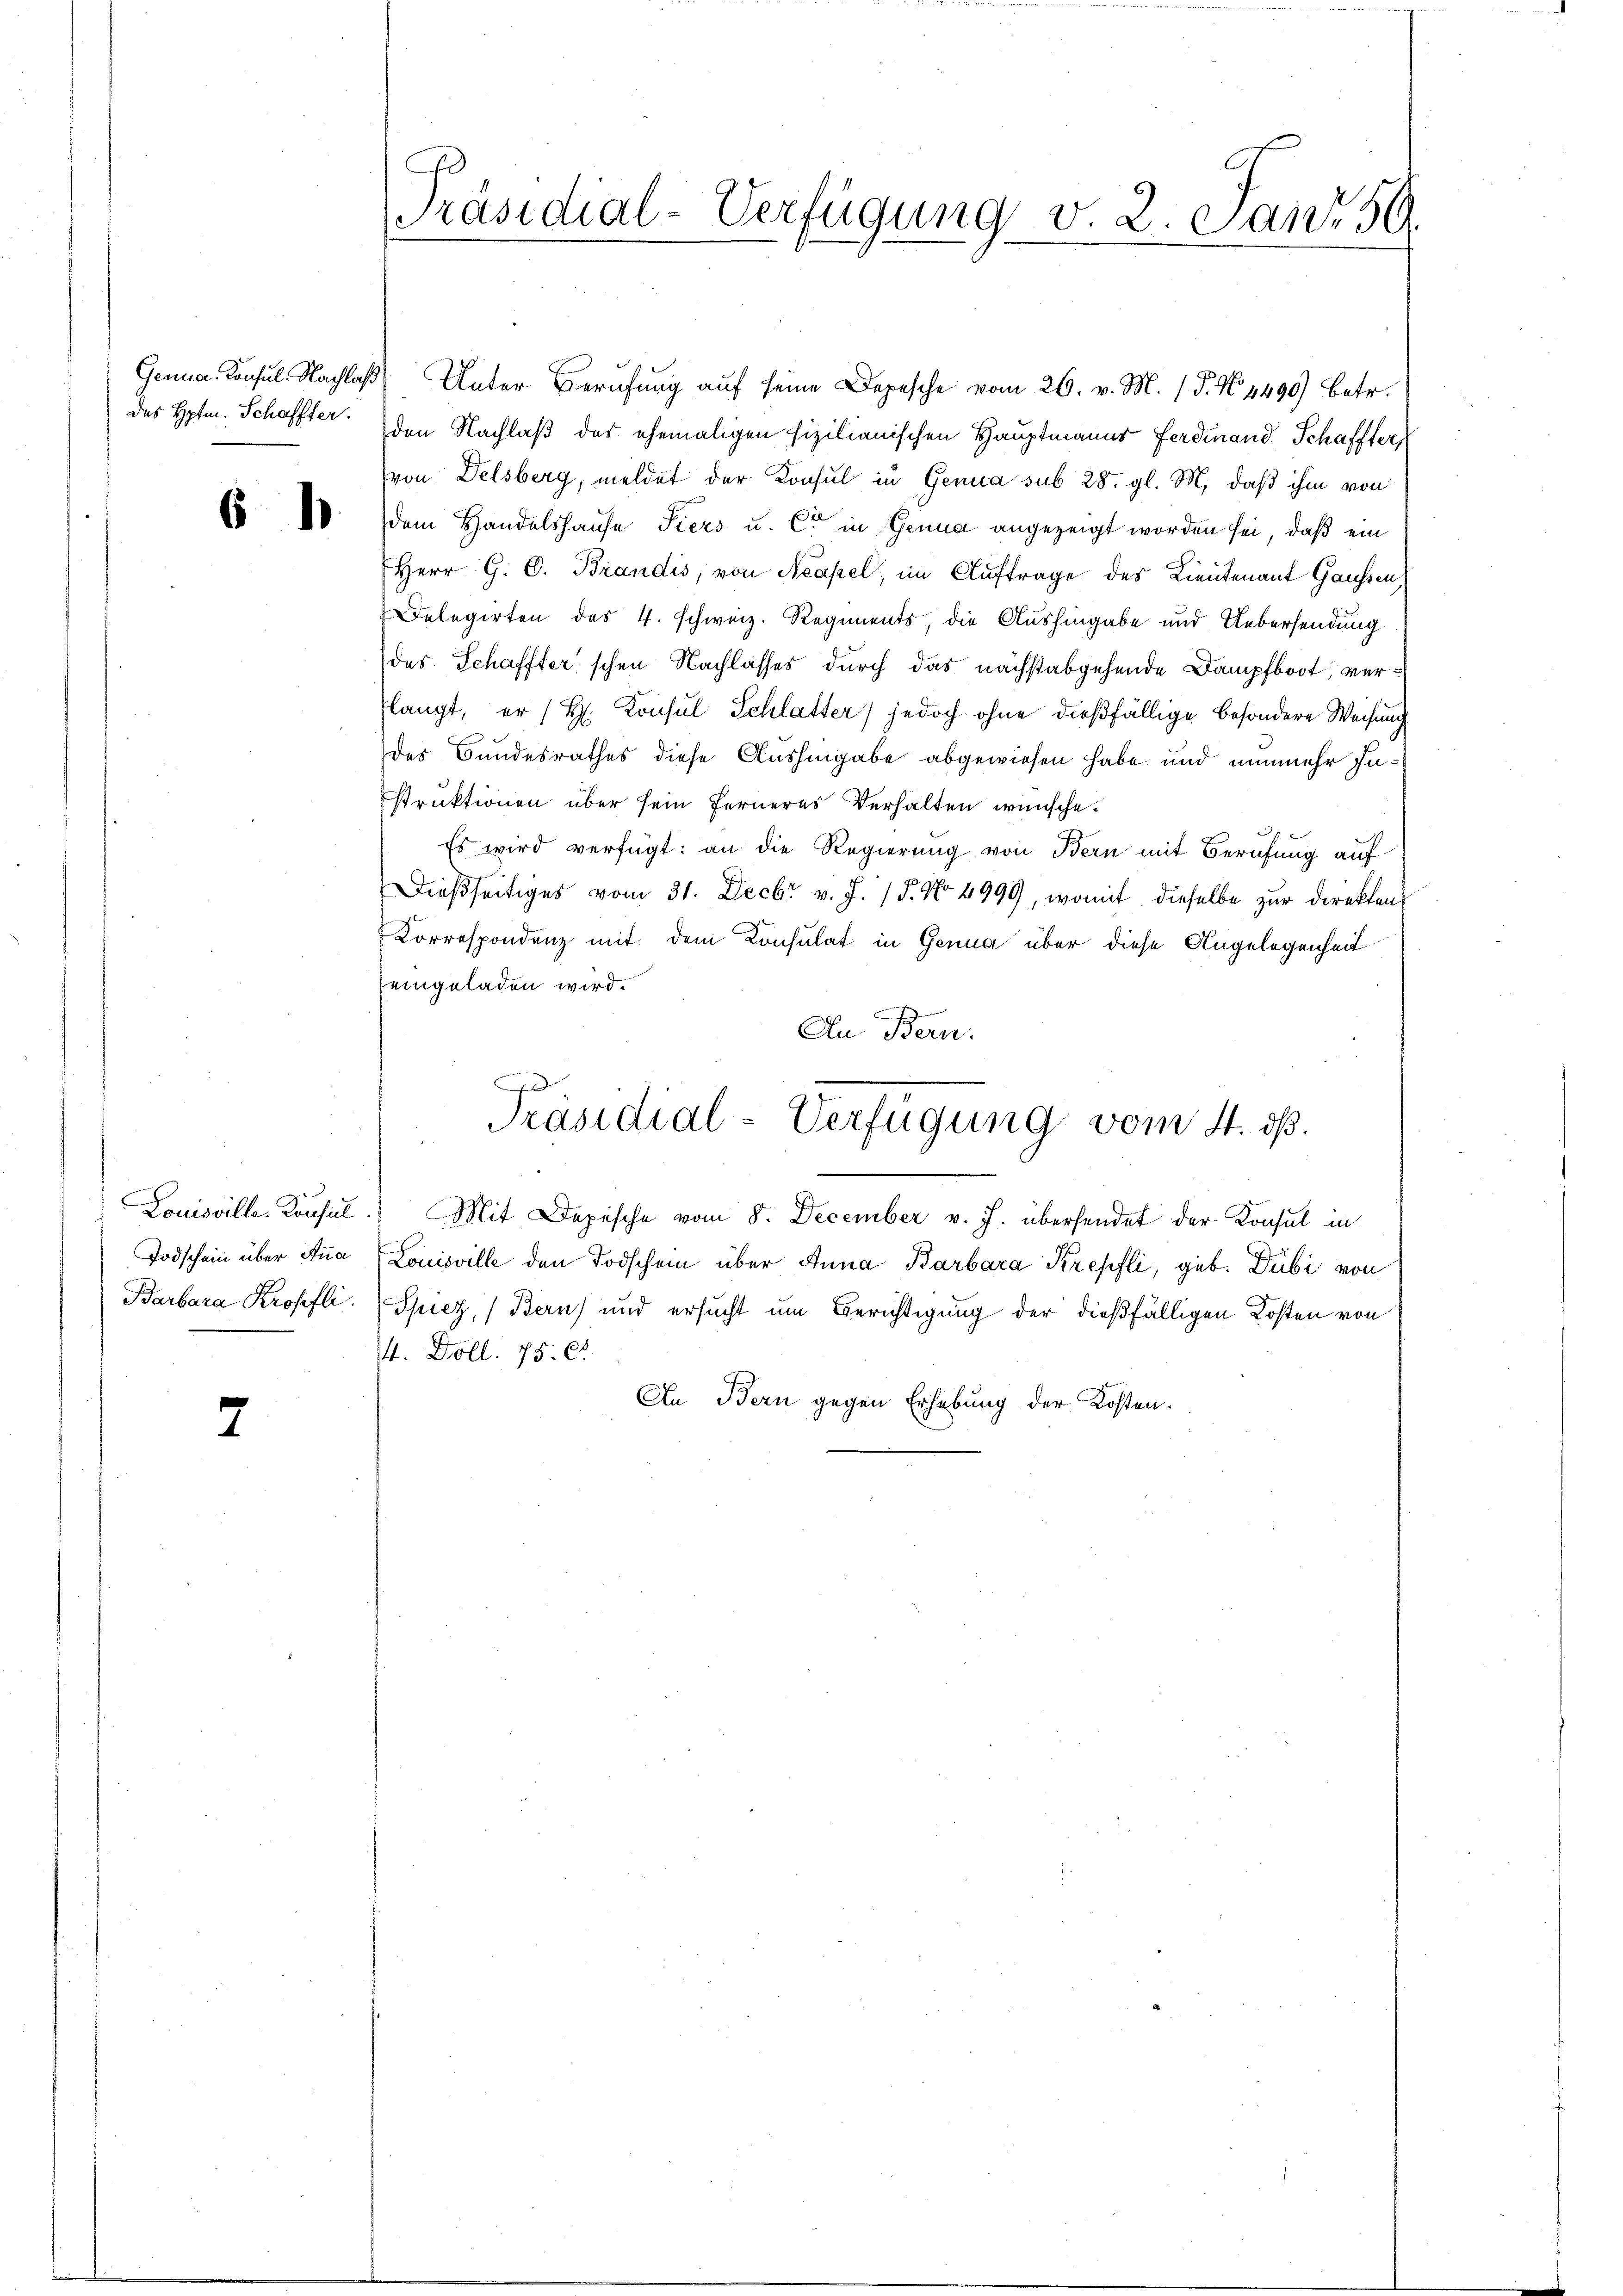
6 1

i

t

Gener Konsul Nachlaß Unter Berufung aŭf seine Depesche vom 26. v. M. (T. No. 4490) betr.
des Hptm. Schaffter den Nachlaß des ehemaligen sizilianischen Hauptmanns Ferdinand Schaffter
von Delsberg, meldet der Konsul in Genua sub 28. gl. M., daß ihm von
dem Handelshause Piers u. C in Genua angezeigt worden sei, daß ein
Herr G. C. Brandis, von Neapel, im Auftrage des Lieutenant Gaussen
Delegirten des 4. Schweiz. Regiments, die Aushingabe und Uebersendung
des Schaffter'schen Nachlasses durch das nächstabgehende Dampfboot, verlangt, er (H. Konsul Schlatter) jedoch ohne dießfällige besondere Weisung
des Bundesrathes diese Aushingabe abgewiesen habe und nunmehr Instruktionen über sein ferneres Verhalten wünsche.
Es wird verfügt: an die Regierung von Bern mit Berufung auf¬
Dießseitiges vom 31. Decbr v. J. / 5. No 4999, womit dieselbe zur Direkten
Korrespondenz mit dem Consulat in Genua über diese Angelegenheit
eingeladen wird.
An Bern.
J
Präsidial-Verfügung vom 4. ds.
Louisville. Konsul.) Mit Depesche vom 8. December v. J. übersendet der Konsul in
Todschein über Ana Louisville den Todschein über Anna Barbara Krepfli, geb. Dubi von
Barbara Kropfli (Spiez, (Bern) und ersucht um Berichtigung der dießfälligen Kosten von
74. Döll. 75. 65.
An Bern gegen Erhebung der Kosten.

Präsidial-Verfügung v. 2. Janr 59.